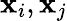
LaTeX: \mathbf{x}_{i},\mathbf{x}_{j}